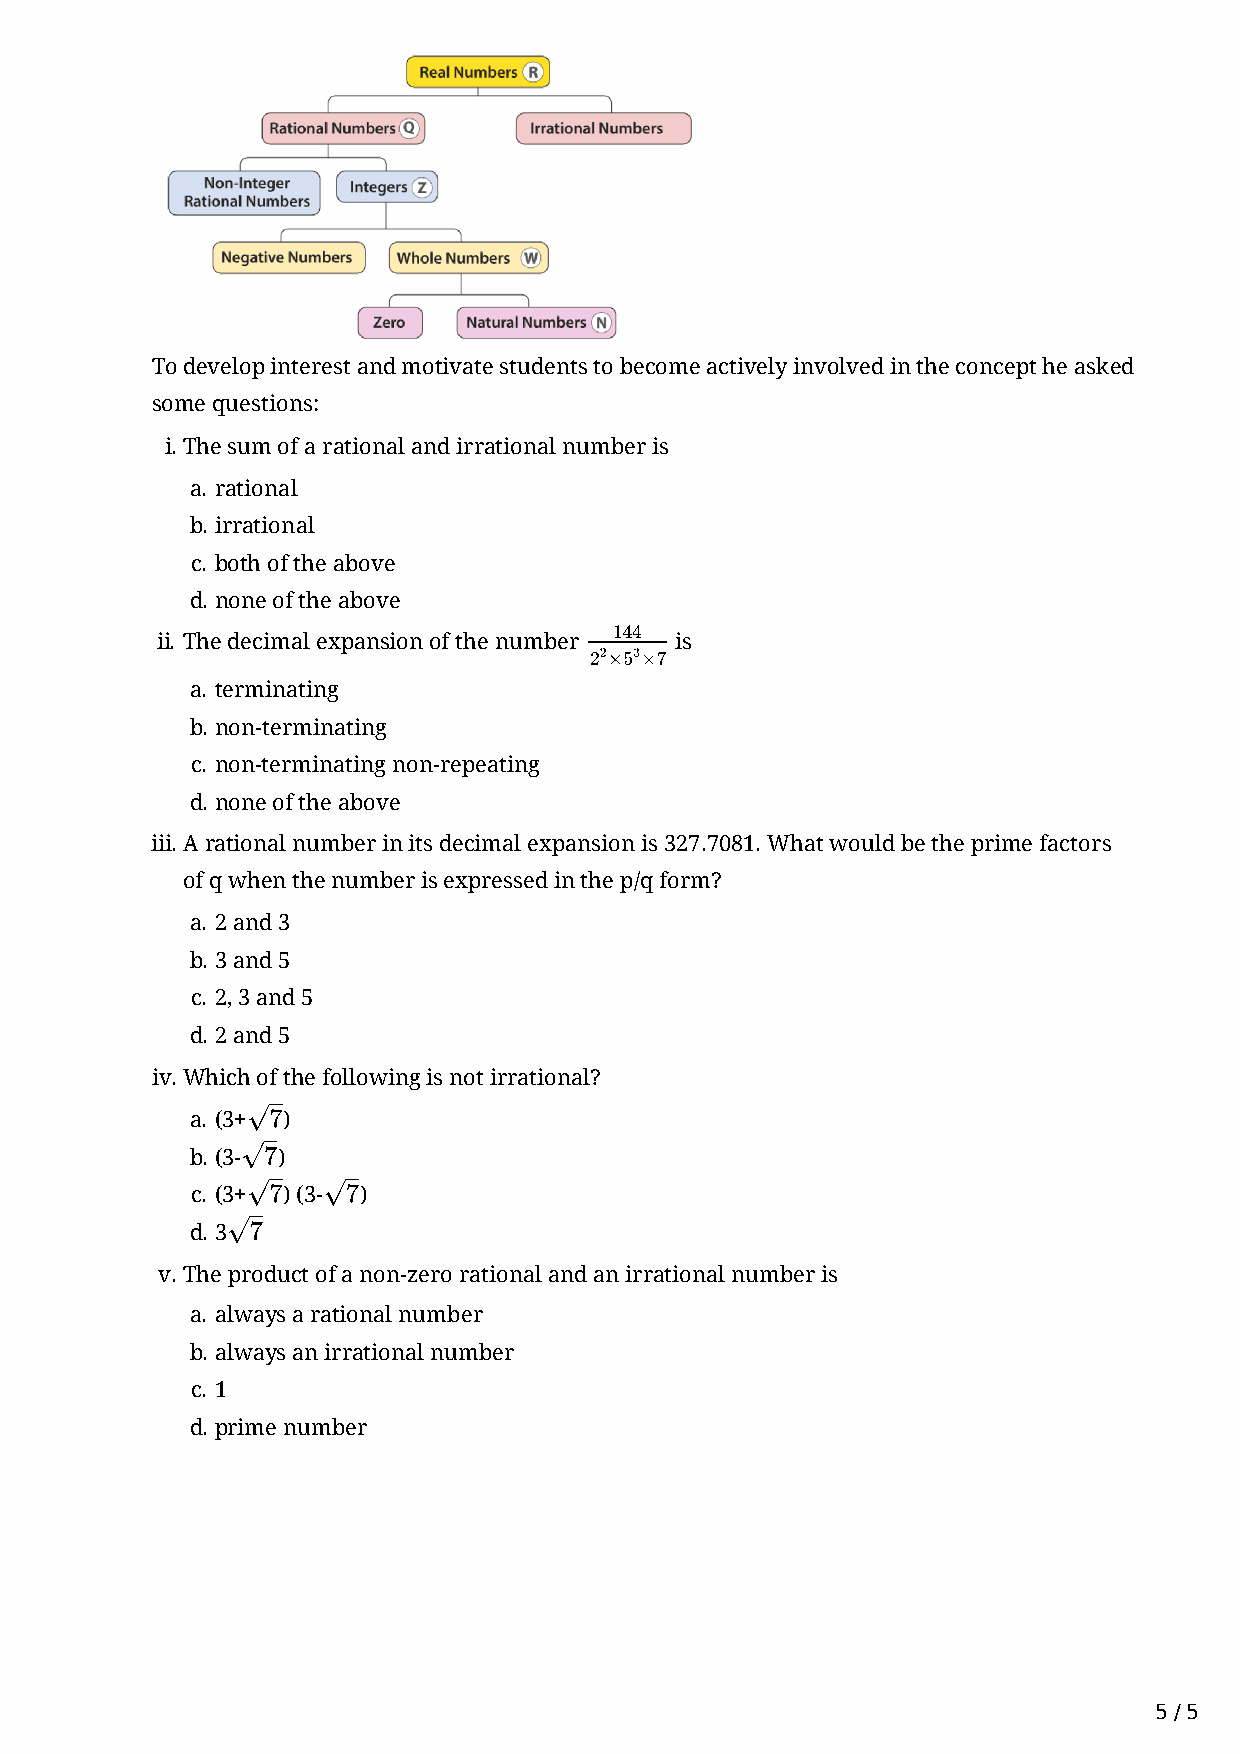
To develop interest and motivate students to become actively involved in the concept he asked
 some questions:
 i. The sum of a rational and irrational number is
 a. rational
 b. irrational
 c. both of the above
 d. none of the above
 144
 ii. The decimal expansion of the number is
 22×53×7
 a. terminating
 b. non-terminating
 c. non-terminating non-repeating
 d. none of the above
 iii. A rational number in its decimal expansion is 327.7081. What would be the prime factors
 of q when the number is expressed in the p/q form?
 a. 2 and 3
 b. 3 and 5
 c. 2, 3 and 5
 d. 2 and 5
 iv. Which of the following is not irrational?
 –
 √7
 a. (3+ )
 –
 √7
 b. (3- )
 –    –
 √7   √7
 c. (3+ ) (3- )
 –
 √7
 d. 3
 v. The product of a non-zero rational and an irrational number is
 a. always a rational number
 b. always an irrational number
 c. 1
 d. prime number
 5 / 5